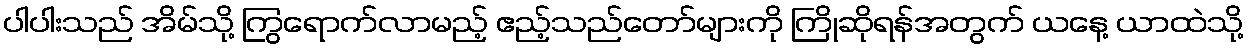
ပါပါးသည် အိမ်သို့ ကြွရောက်လာမည့် ဧည့်သည်တော်များကို ကြိုဆိုရန်အတွက် ယနေ့ ယာထဲသို့